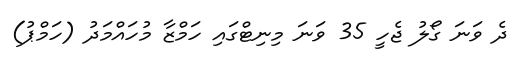
ދެ ވަނަ ގޯލު ޖެހީ 35 ވަނަ މިނިޓްގައި ހަމްޒާ މުހައްމަދު (ހަމްޕު)